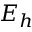
E _ { h }